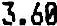
3.60